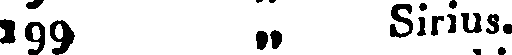
199 „ Sirius.